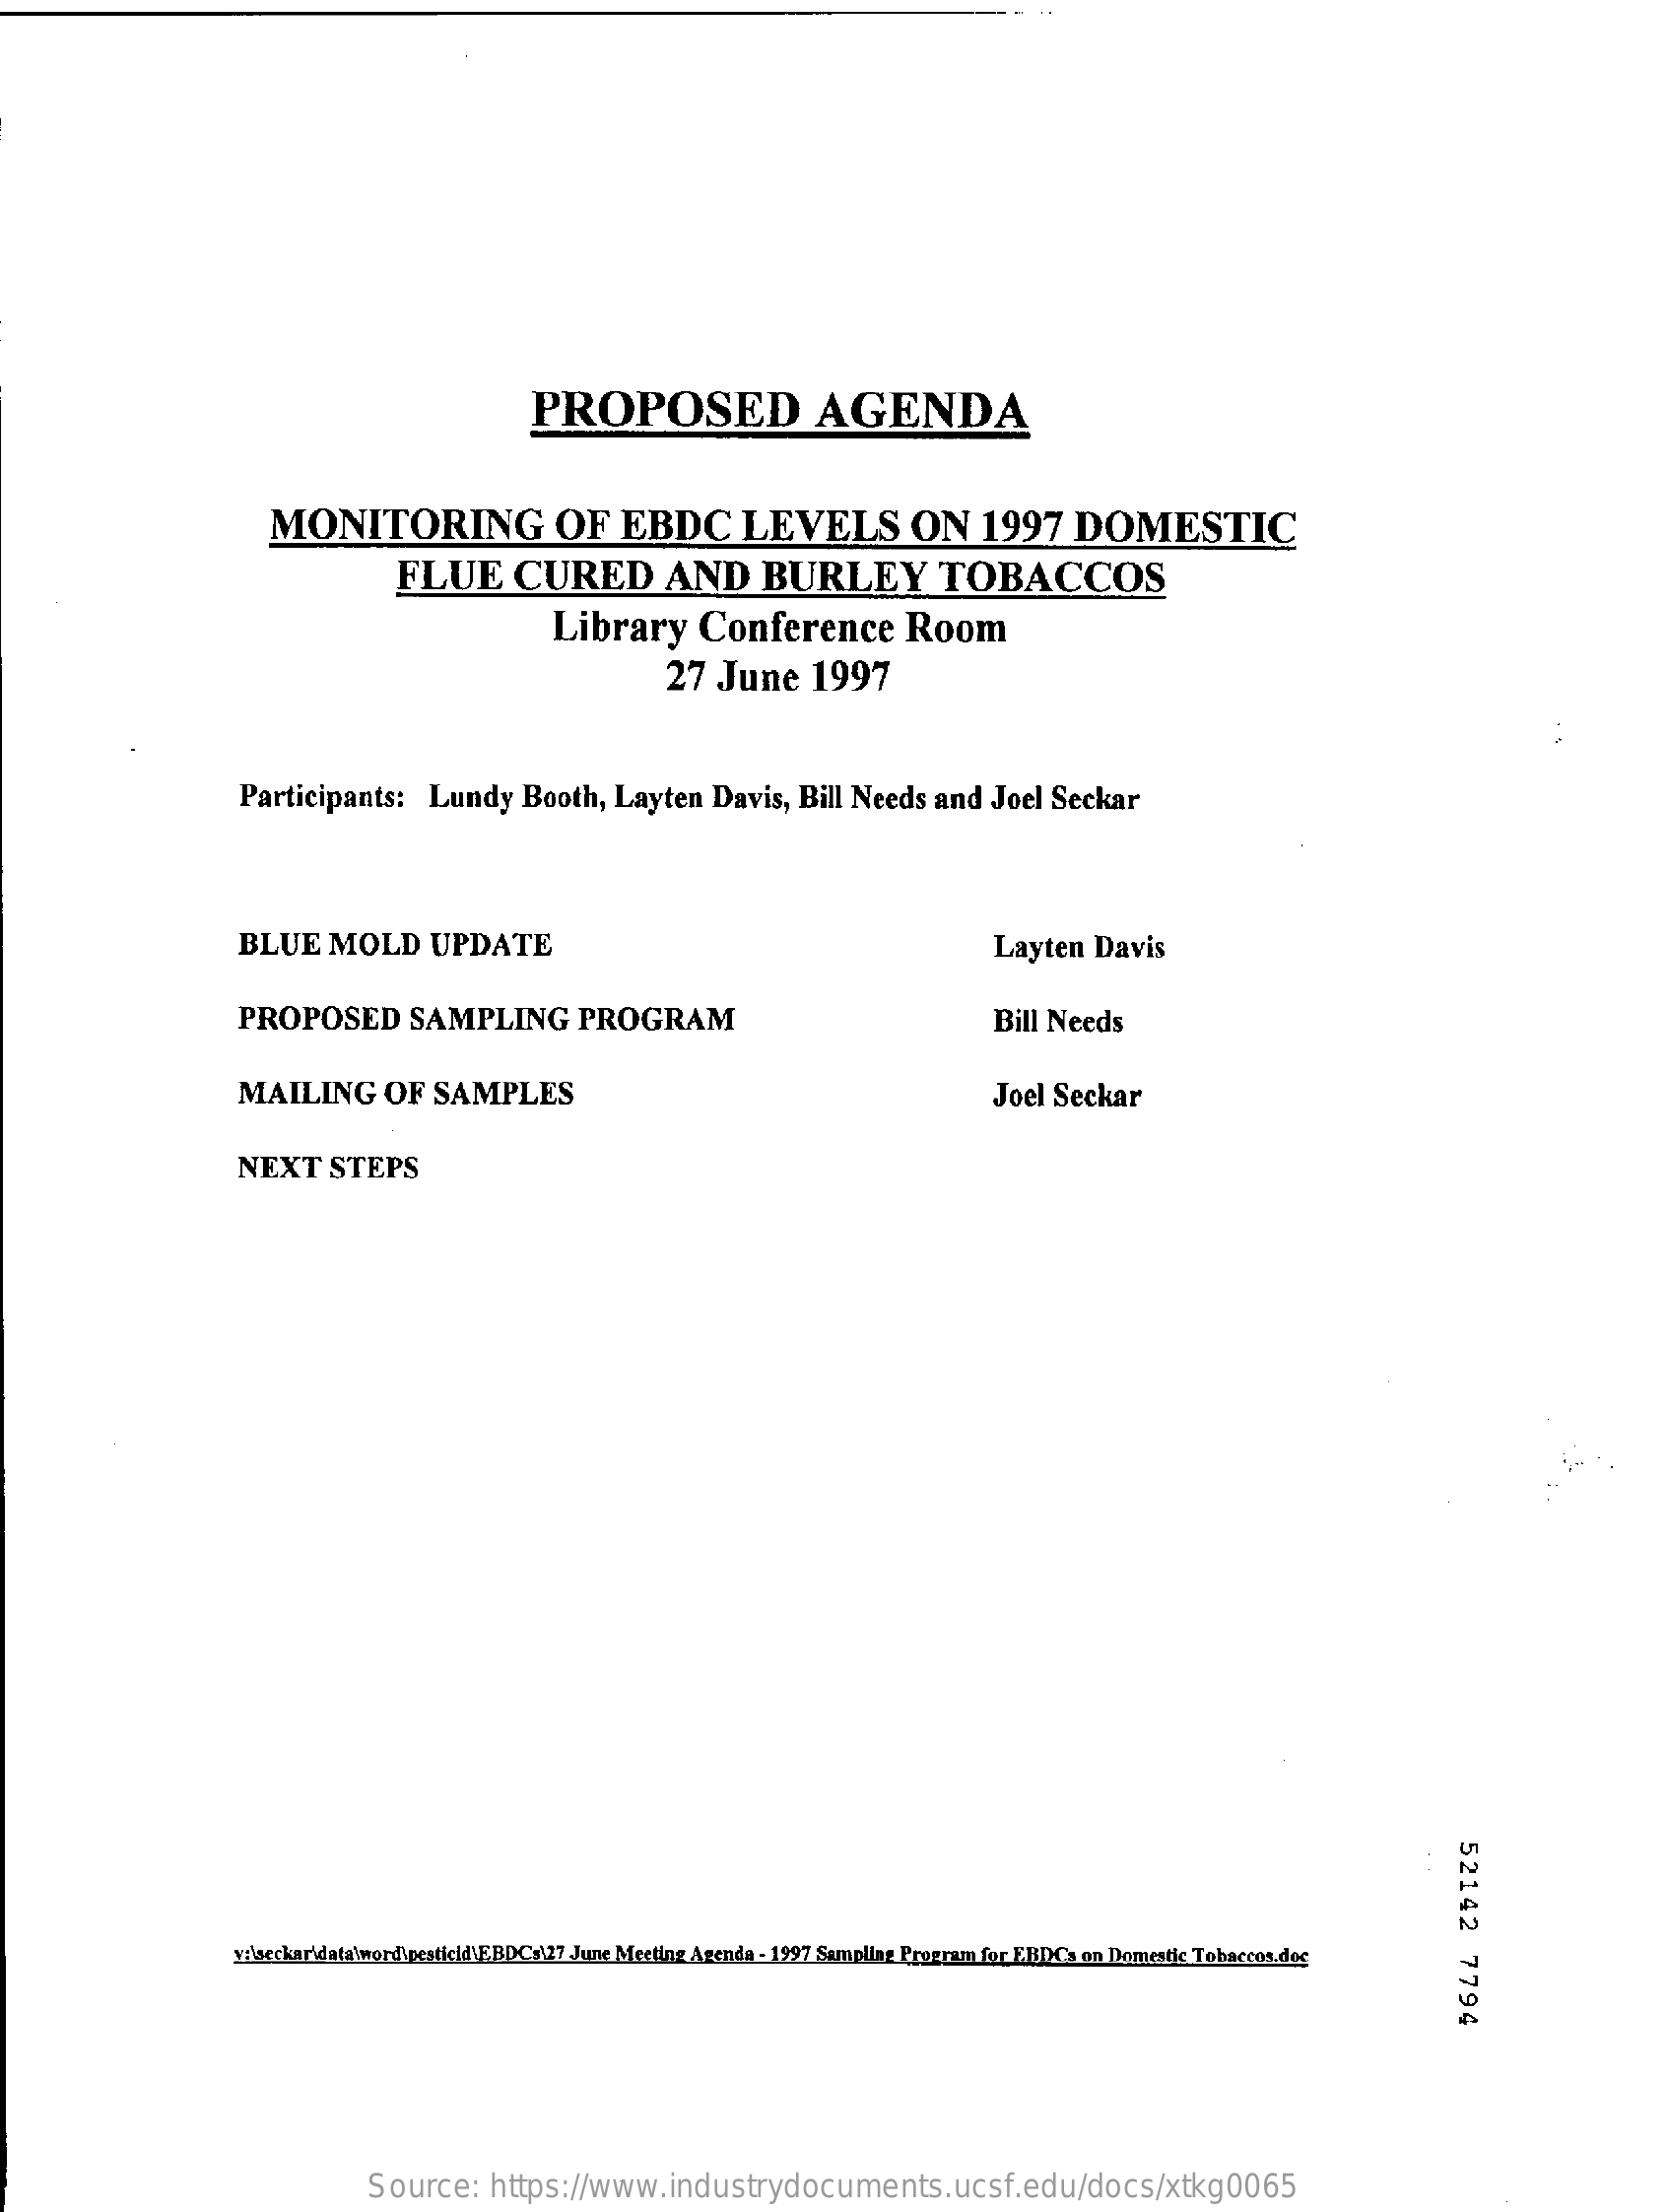
PROPOSED    AGENDA
     MONITORING    OF    EBDC    LEVELS    ON    1997    DOMESTIC
     FLUE    CURED    AND    BURLEY    TOBACCOS
     Library    Conference    Room
     27  June    1997
     Participants:    Lundy    Booth,   Layten    Davis,  Bill Needs    and  Joel  Seckar
     BLUE    MOLD    UPDATE    Layten   Davis
     PROPOSED    SAMPLING    PROGRAM    Bill Needs
     MAILING    OF   SAMPLES    Joel  Seckar
     NEXT    STEPS
     52142
     7794
     velacckar'data'word\pesticid\F.BDC:127 June Meeting Agenda - 1997 Sampling Program for ERDCs on Domestic Tobaccos.dos
     Source:    https://www.industrydocuments.ucsf.edu/docs/xtkg0065